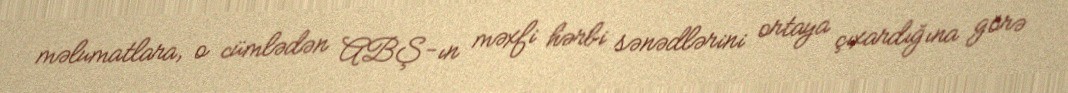
məlumatlara, o cümlədən ABŞ-ın məxfi hərbi sənədlərini ortaya çıxardığına görə